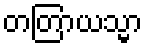
တတြာယသ္မာ